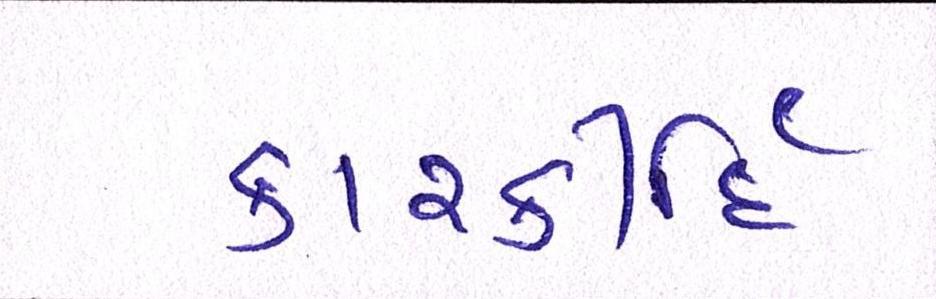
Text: કારકીર્દિ